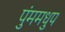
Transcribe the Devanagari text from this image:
पुंममधुप